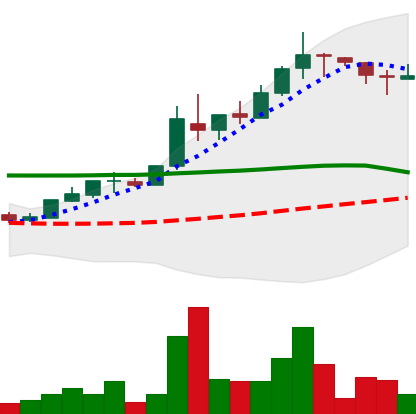
Ticker: TRX-USD
Chart end date: 2018-05-05
Forward return: -15.531%
Label: down_7plus